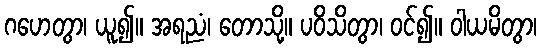
ဂဟေတွာ၊ ယူ၍။ အရညံ၊ တောသို့။ ပဝိသိတွာ၊ ဝင်၍။ ဝါယမိတွာ၊